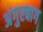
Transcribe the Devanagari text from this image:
अंगुरबाग